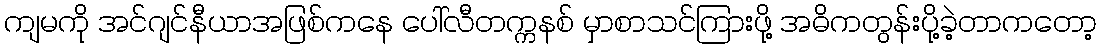
ကျမကို အင်ဂျင်နီယာအဖြစ်ကနေ ပေါ်လီတက္ကနစ် မှာစာသင်ကြားဖို့ အဓိကတွန်းပို့ခဲ့တာကတော့